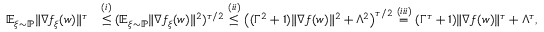
\begin{array} { r l } { \mathbb { E } _ { \xi \sim \mathbb { P } } \| \nabla f _ { \xi } ( w ) \| ^ { \tau } } & { \overset { ( i ) } { \le } ( \mathbb { E } _ { \xi \sim \mathbb { P } } \| \nabla f _ { \xi } ( w ) \| ^ { 2 } ) ^ { \tau / 2 } \overset { ( i i ) } { \le } \big ( ( \Gamma ^ { 2 } + 1 ) \| \nabla f ( w ) \| ^ { 2 } + \Lambda ^ { 2 } \big ) ^ { \tau / 2 } \overset { ( i i i ) } { = } ( \Gamma ^ { \tau } + 1 ) \| \nabla f ( w ) \| ^ { \tau } + \Lambda ^ { \tau } , } \end{array}